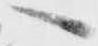
へ